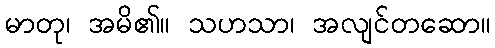
မာတု၊ အမိ၏။ သဟသာ၊ အလျင်တဆော။